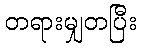
တရားမျှတပြီး